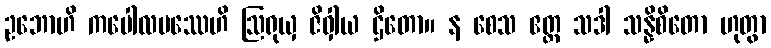
ဥဘောဟိ ကပေါလပဿေဟိ ဩရုယှ ဇိဝှါယ ဌိတော။ န စေသ ဧတ္ထ သဒါ သန္နိစိတော ဟုတွာ